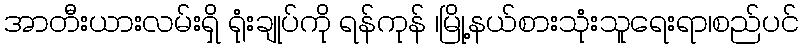
အာတီးယားလမ်းရှိ ရုံးချုပ်ကို ရန်ကုန် ၊မြို့နယ်စားသုံးသူရေးရာ၊စည်ပင်